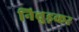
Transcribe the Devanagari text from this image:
निचुड़कर